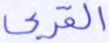
القربى